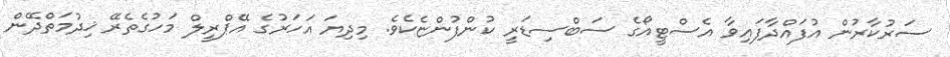
ސަރުކާރުން އުފައްދާފައިވާ އެސްޓީއޯގެ ސަބްސިޑަރީ ކުންފުންޏެކެވެ. މިދިޔަ އަހަރުގެ އޭޕްރީލް މަހުގެތެރޭ ޚިދުމަތްދޭން